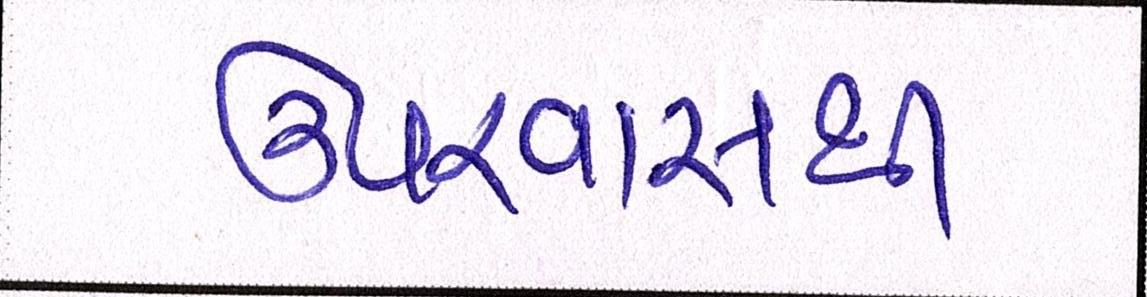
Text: ઉપરવાસથી